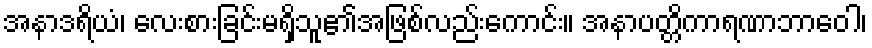
အနာဒရိယံ၊ လေးစားခြင်းမရှိသူ၏အဖြစ်လည်းကောင်း။ အနာပတ္တိကာရဏာဘာဝေါ၊